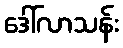
ဒေါ်လာသန်း